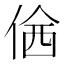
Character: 𠊆